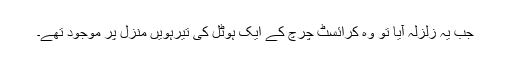
جب یہ زلزلہ آیا تو وہ کرائسٹ چرچ کے ایک ہوٹل کی تیرہویں منزل پر موجود تھے۔